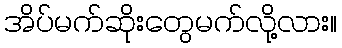
အိပ်မက်ဆိုးတွေမက်လို့လား။